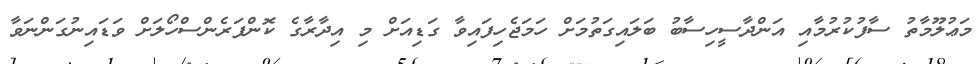
މަޢުލޫމާތު ސާފުކުރުމާއި އަންދާސީހިސާބު ބަލައިގަތުމަށް ހަމަޖެހިފައިވާ ގަޑިއަށް މި އިދާރާގެ ކޮންފަރެންސްހޯލަށް ވަޑައިނުގަންނަވާ